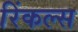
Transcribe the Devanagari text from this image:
रिंकल्स